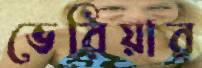
ভেরিয়ার